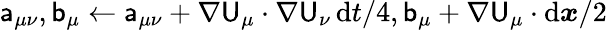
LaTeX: \mathsf{a}_{\mu\nu},\mathsf{b}_{\mu}\gets\mathsf{a}_{\mu\nu}+\nabla\mathsf{U}_{\mu}\cdot\nabla\mathsf{U}_{\nu}\, \mathrm{d}t/4,\mathsf{b}_{\mu}+\nabla\mathsf{U}_{\mu}\cdot\mathrm{d}{\boldsymbol{x}}/2